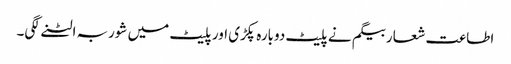
اطاعت شعار بیگم نے پلیٹ دوبارہ پکڑی اور پلیٹ میں شوربہ الٹنے لگی۔